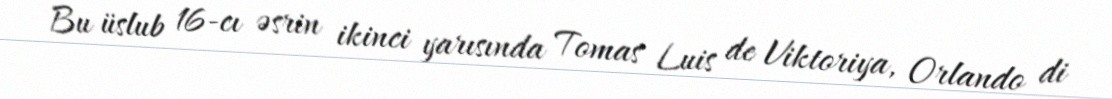
Bu üslub 16-cı əsrin ikinci yarısında Tomas Luis de Viktoriya, Orlando di